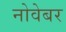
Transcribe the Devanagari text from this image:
नोवेबर